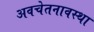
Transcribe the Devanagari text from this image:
अवचेतनावस्था